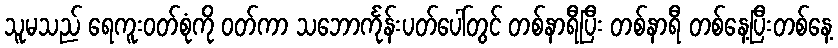
သူမသည် ရေကူးဝတ်စုံကို ဝတ်ကာ သဘောင်္ကုန်းပတ်ပေါ်တွင် တစ်နာရီပြီး တစ်နာရီ တစ်နေ့ပြီးတစ်နေ့